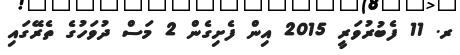
ރ. 11 ފެބުރުވަރީ 2015 އިން ފެށިގެން 2 މަސް ދުވަހުގެ ތެރޭގައި